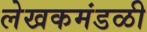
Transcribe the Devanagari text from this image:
लेखकमंडळी